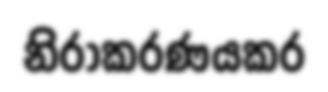
නිරාකරණයකර